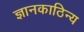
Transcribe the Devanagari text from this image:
ज्ञानकाठिन्य